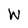
Character: W